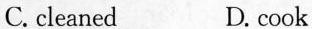
C.cleaned D.cook